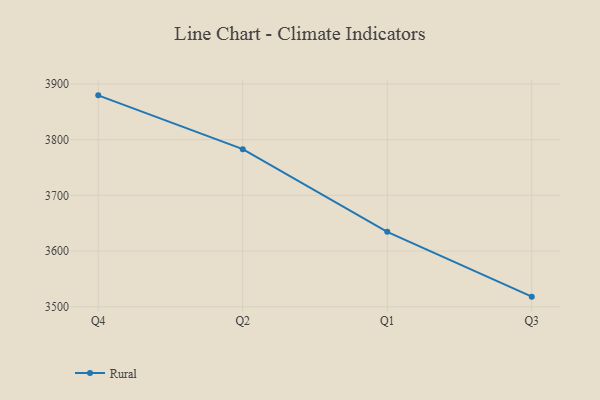
{"axis": {"x": "Quarter", "y": "Churn Rate (%)"}, "legend": ["Rural"], "data": [{"x": "Q4", "y": 3879.5, "type": "Rural"}, {"x": "Q2", "y": 3782.9, "type": "Rural"}, {"x": "Q1", "y": 3634.6, "type": "Rural"}, {"x": "Q3", "y": 3518.2, "type": "Rural"}]}